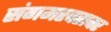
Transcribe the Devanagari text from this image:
संगमरवरावर